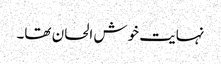
نہایت خوش الحان تھا۔